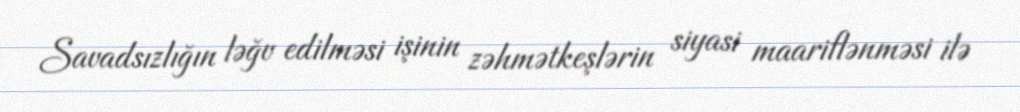
Savadsızlığın ləğv edilməsi işinin zəhmətkeşlərin siyasi maariflənməsi ilə